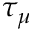
\tau _ { \mu }